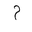
Letter: _mim